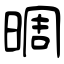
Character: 晭